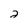
Character: 2